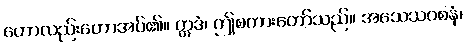
ဟောလည်းဟောအပ်၏။ ဣဒံ၊ ဤစကားတော်သည်။ အသေသဝစနံ၊